Annual administration report of the Civil Veterinary Department of India - 1894-1895
Year: 1894
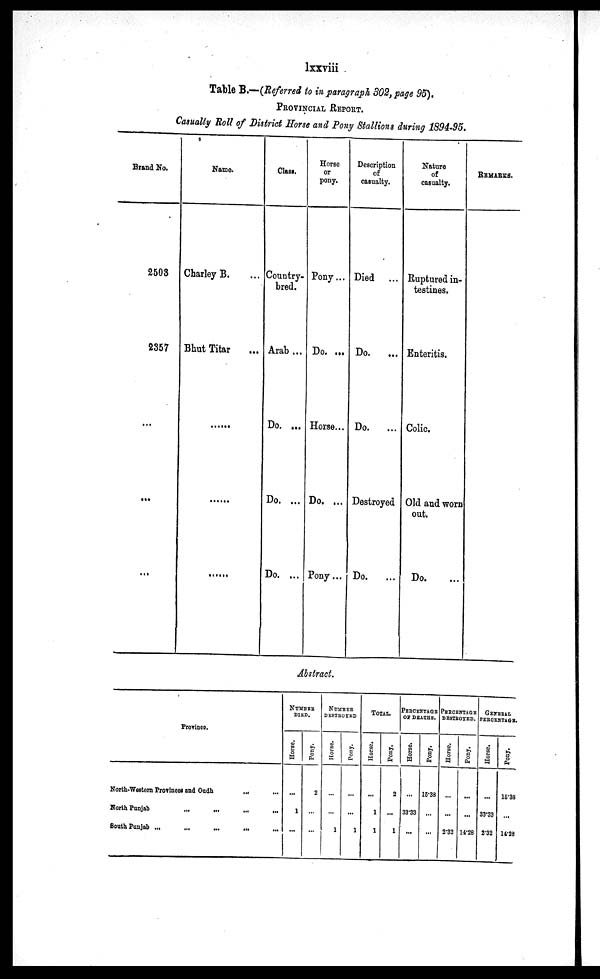
lxxviii
Table B.—(Referred to in paragraph 302, page 95),
PROVINCIAL REPORT.
Casualty Roll of District Horse and Pony Stallions during 1894-95.
Brand No.
2503
2357
...
...
...
Name.
Charley B.
Bhut Titar ...
.....
.....
.....
Class.
Country¬
bred.
Arab ...
Do. ...
Do. ...
Do. ...
Horse
or
pony.
Pony ...
Do. ...
Horse...
Do. ...
Pony ...
Description
of
casualty.
Died ...
Do.
...
Do.
...
Destroyed
Do.
...
Nature
of
casualty.
Ruptured in-
testines.
Enteritis.
Colic.
Old and worn
out.
Do.....
REMARKS.
Abstract.
Province.
North-Western Provinces and Oudh ... ...
North Punjab ... ... ... ...
South Punjab
...
...
...
...
NUMBER
DIED.
Horse.
...
1
...
Pony.
2
...
...
NUMBER
DESTROYED
Horse.
...
...
1
Pony.
...
...
1
TOTAL.
Horse.
...
1
1
Pony.
2
...
1
PERCENTAGE
OF DEATHS.
Horse.
...
33.33
...
Pony.
15.38
...
...
PERCENTAGE
DESTROYED.
Horse.
...
...
2.32
Pony.
...
...
14.28
GENERAL
PERCENTAGE.
Horse.
...
33.33
2.32
Pony.
15.38
...
14.28